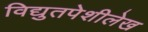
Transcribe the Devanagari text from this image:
विद्युतपेशीलेख